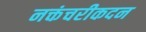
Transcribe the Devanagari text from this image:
नक्तंचरीकदन